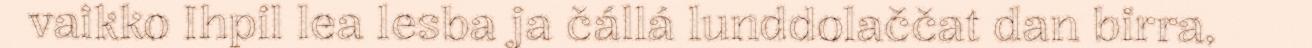
vaikko Ihpil lea lesba ja čállá lunddolaččat dan birra,